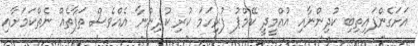
އަށަގެންފައިތިބި ކުދިންނާއި އުއްމީދީ ކޭމްޕު ފުރިހަމަ ކުރި ކުދިންނާ އެއްވެސް ތަފާތެއް ނެތްކަމަށާއި